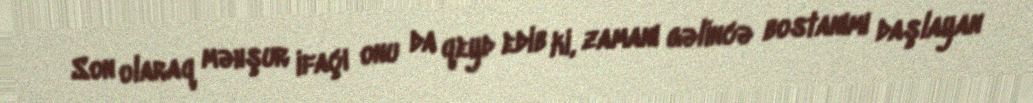
Son olaraq məhşur ifaçı onu da qeyd edib ki, zamanı gəlincə bostanımı daşlayan